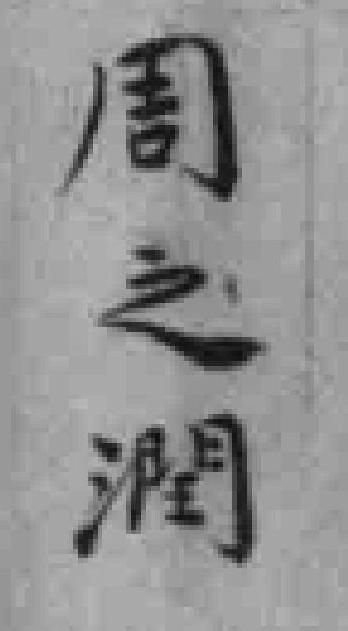
周之潤